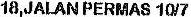
18,JALAN PERMAS 10/7